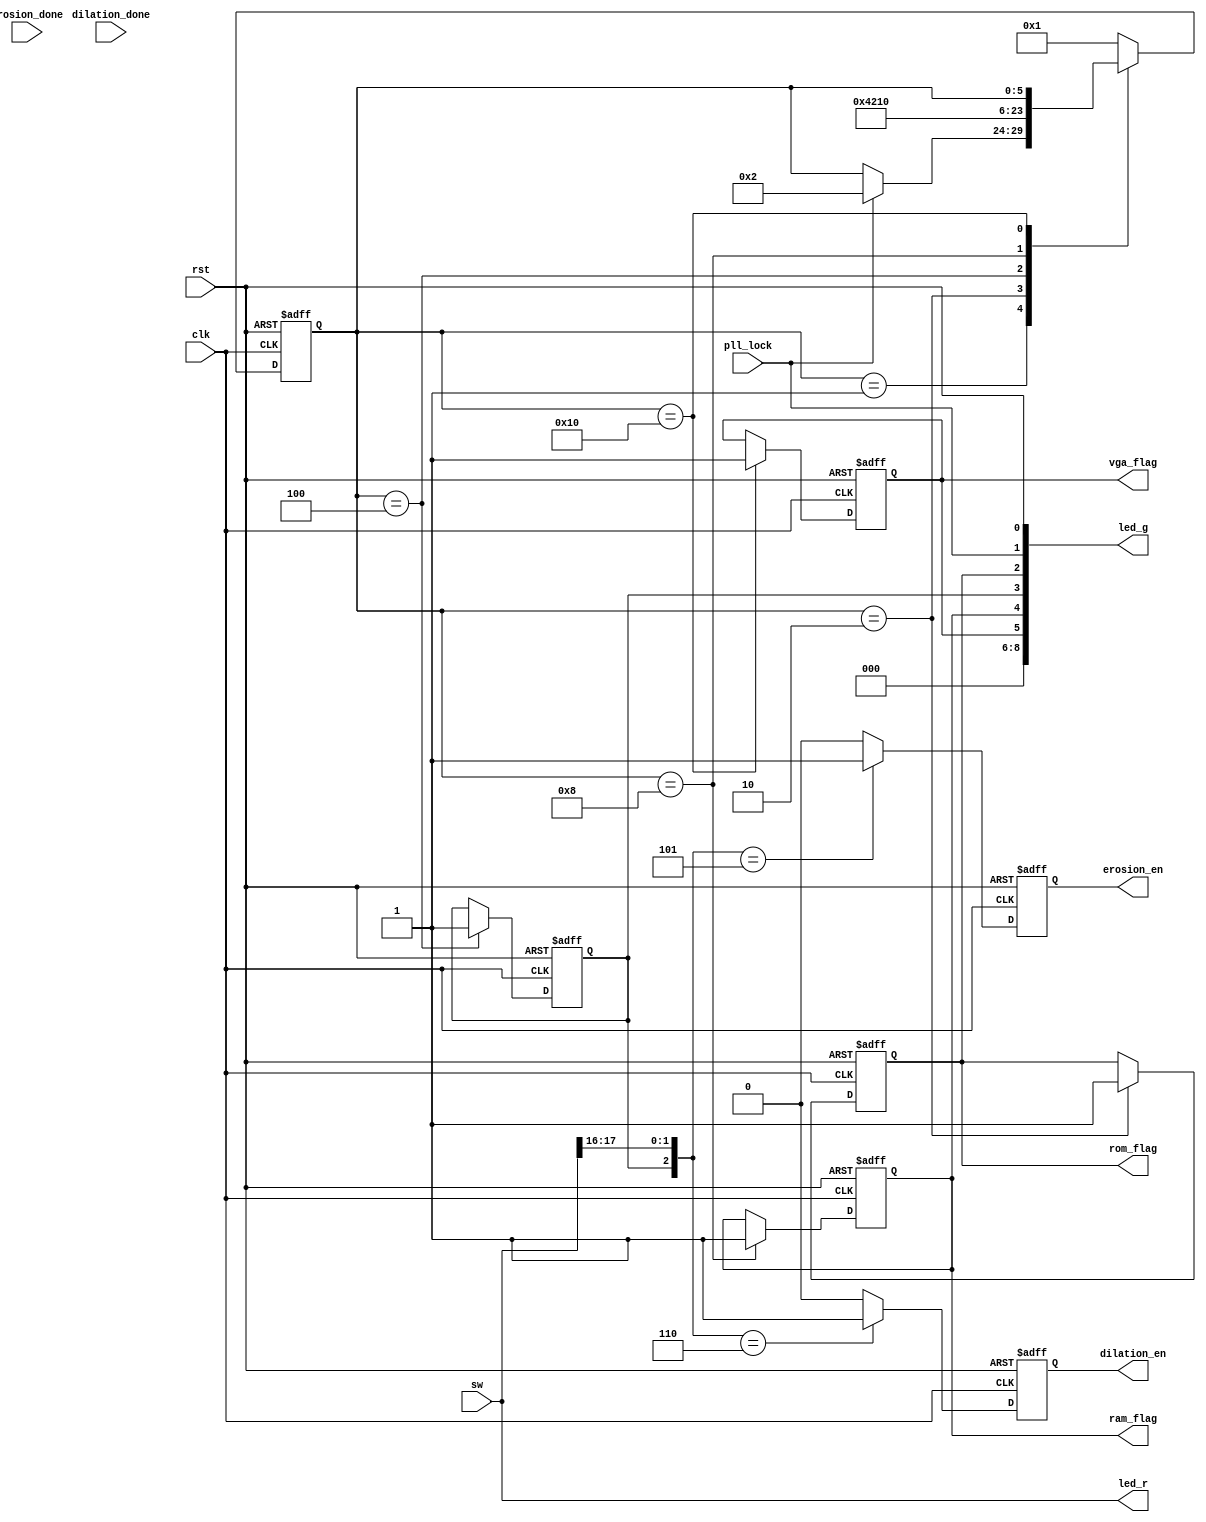
module mip_control
(
//* System Signals
    input                clk,           // VGA_CTRL_CLK
    input                rst,           // RST = SW[0]
    input  [18-1 : 0] 	 sw ,		    // Toggle switch[17:0]
    output [9 -1 : 0]  	 led_g,  	    // LED Green[8:0]
	output [18-1 : 0] 	 led_r,  	    // LED Red[17:0]
//* Input Flags	
    input                pll_lock,      // PLL Done
    input                dilation_done, // Dilation Filter Done
    input                erosion_done,  // Erosion Filter Done
//* Output Flags
    output reg           rom_flag,      // Indicator to start read from ROM
    output reg           dilation_en,   // Indicator to start using Filter Blocks
    output reg           erosion_en,    // Indicator to start using Filter Blocks
    output reg           ram_flag,      // Indicator to start write to RAM
    output reg           vga_flag       // Indicator to start read from RAM and VGA block enable
);

    localparam IDLE   = 5'b00001;
    localparam ROM    = 5'b00010;
    localparam FILTER = 5'b00100;
    localparam RAM    = 5'b01000;
    localparam VGA    = 5'b10000;

    reg [6-1 : 0] state;
    reg           fltr_en;

    //* Initial State for Registers
    initial begin
       state       = IDLE;
       rom_flag    = 1'b0;
       fltr_en     = 1'b0;
       dilation_en = 1'b0;
       erosion_en  = 1'b0;
       ram_flag    = 1'b0;
       vga_flag    = 1'b0;
    end

    //* Send switches to red leds.
    assign led_r 	   = sw;
    //* Turn off unused green leds.
	assign led_g[8:6]  = 3'b0;

    //* indicator for reset.
	assign led_g[0] = rst; 
	//* indicator for pll working properly.
    assign led_g[1] = pll_lock;
    //* indicator that rom reading start working.
    assign led_g[2] = rom_flag; 
    //* indicator that the filter start working.
    assign led_g[3] = fltr_en; 
    //* indicator that ram writing start working.
    assign led_g[4] = ram_flag; 
    //* indicator that vga start working.
    assign led_g[5] = vga_flag;


    //* State Machine
    always @(posedge clk, posedge rst) begin
        if (rst) begin
            state    <= IDLE;
            rom_flag <= 1'b0;
            fltr_en  <= 1'b0;
            ram_flag <= 1'b0;
            vga_flag <= 1'b0;
        end else begin
            case (state)

                IDLE: begin
                    if (pll_lock)
                        state    <= ROM;
                end

                ROM: begin
                    rom_flag <= 1'b1;
                    state    <= FILTER;
                end

                FILTER: begin
                    fltr_en <= 1'b1;
                  //  if (dilation_done || erosion_done) begin
                        //TODO: Fix the logic here.
                        state    <= RAM;
                  //  end
                end

                RAM: begin
                    ram_flag <= 1'b1;
                    state    <= VGA;
                end
                VGA: begin
                    vga_flag <= 1'b1;
                end

                default: begin
                    state <= IDLE;
                end

            endcase
        end 
    end

    wire [3-1 : 0] filter_ctrl;

    //TODO: Understand why Dilation and Erosion seems to be opposite

    assign filter_ctrl = {fltr_en, sw[17], sw[16]};

    always @(posedge clk, posedge rst) begin
        if (rst) begin
            dilation_en <= 1'b0;
            erosion_en  <= 1'b0;
        end else begin
            case (filter_ctrl)
                3'b0xx: begin
                    dilation_en <= 1'b0;
                    erosion_en  <= 1'b0;
                end
                3'b101: begin
                    dilation_en <= 1'b0;
                    erosion_en  <= 1'b1;
                end
                3'b110: begin
                    dilation_en <= 1'b1;
                    erosion_en  <= 1'b0;
                end
                3'b111: begin
                    dilation_en <= 1'b0;
                    erosion_en  <= 1'b0;  
                end
                default: begin
                    dilation_en <= 1'b0;
                    erosion_en  <= 1'b0; 
                end
            endcase
        end
    end





endmodule